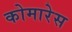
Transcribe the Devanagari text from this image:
कोमारेस